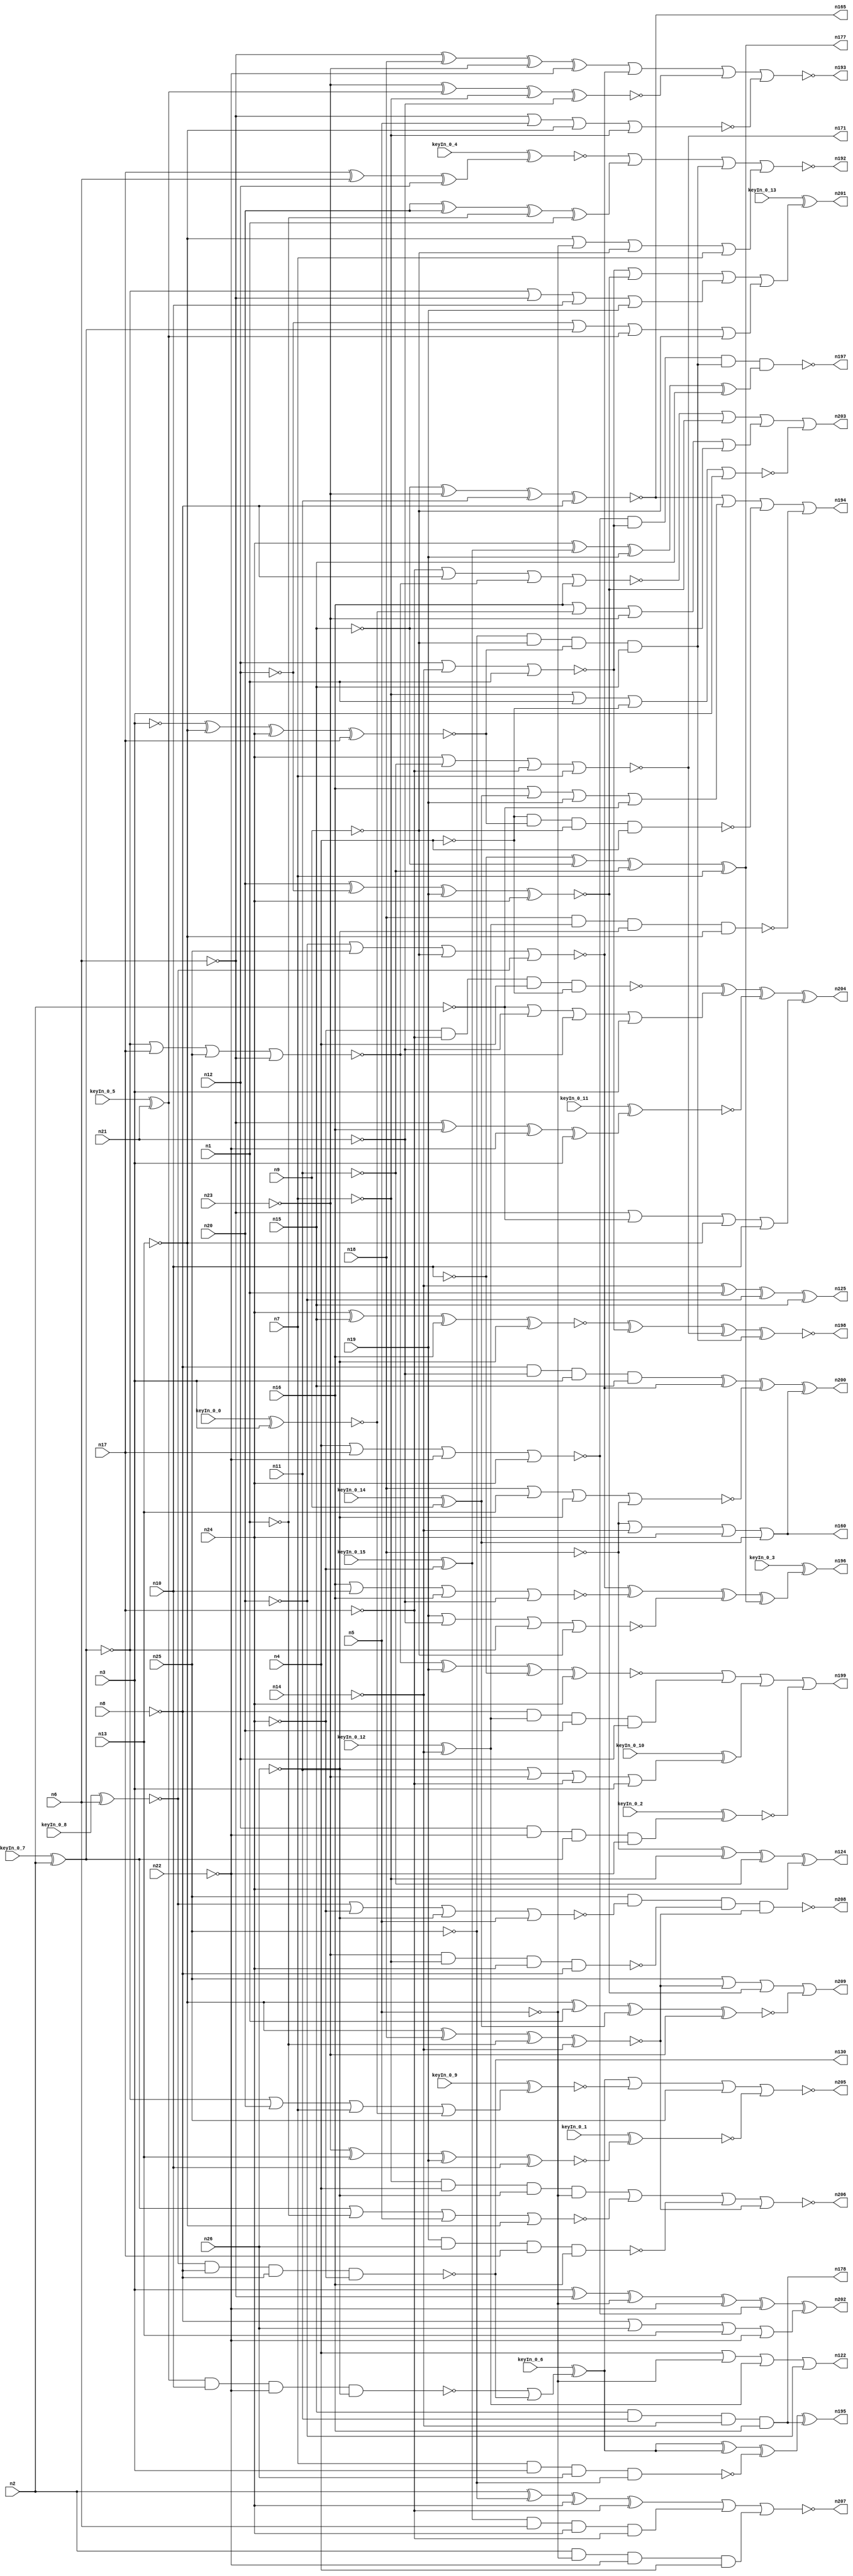


module Stat_183_517
(
  n1,
  n2,
  n3,
  n4,
  n5,
  n6,
  n7,
  n8,
  n9,
  n10,
  n11,
  n12,
  n13,
  n14,
  n15,
  n16,
  n17,
  n18,
  n19,
  n20,
  n21,
  n22,
  n23,
  n24,
  n25,
  n26,
  n122,
  n171,
  n124,
  n178,
  n160,
  n125,
  n165,
  n177,
  n130,
  n208,
  n204,
  n192,
  n199,
  n203,
  n205,
  n198,
  n200,
  n197,
  n201,
  n195,
  n196,
  n209,
  n194,
  n207,
  n206,
  n202,
  n193,
  keyIn_0_0,
  keyIn_0_1,
  keyIn_0_2,
  keyIn_0_3,
  keyIn_0_4,
  keyIn_0_5,
  keyIn_0_6,
  keyIn_0_7,
  keyIn_0_8,
  keyIn_0_9,
  keyIn_0_10,
  keyIn_0_11,
  keyIn_0_12,
  keyIn_0_13,
  keyIn_0_14,
  keyIn_0_15
);

  input n1;
  input n2;
  input n3;
  input n4;
  input n5;
  input n6;
  input n7;
  input n8;
  input n9;
  input n10;
  input n11;
  input n12;
  input n13;
  input n14;
  input n15;
  input n16;
  input n17;
  input n18;
  input n19;
  input n20;
  input n21;
  input n22;
  input n23;
  input n24;
  input n25;
  input n26;
  input keyIn_0_0;
  input keyIn_0_1;
  input keyIn_0_2;
  input keyIn_0_3;
  input keyIn_0_4;
  input keyIn_0_5;
  input keyIn_0_6;
  input keyIn_0_7;
  input keyIn_0_8;
  input keyIn_0_9;
  input keyIn_0_10;
  input keyIn_0_11;
  input keyIn_0_12;
  input keyIn_0_13;
  input keyIn_0_14;
  input keyIn_0_15;
  output n122;
  output n171;
  output n124;
  output n178;
  output n160;
  output n125;
  output n165;
  output n177;
  output n130;
  output n208;
  output n204;
  output n192;
  output n199;
  output n203;
  output n205;
  output n198;
  output n200;
  output n197;
  output n201;
  output n195;
  output n196;
  output n209;
  output n194;
  output n207;
  output n206;
  output n202;
  output n193;
  wire n27;
  wire n28;
  wire n29;
  wire n30;
  wire n31;
  wire n32;
  wire n33;
  wire n34;
  wire n35;
  wire n36;
  wire n37;
  wire n38;
  wire n39;
  wire n40;
  wire n41;
  wire n42;
  wire n43;
  wire n44;
  wire n45;
  wire n46;
  wire n47;
  wire n48;
  wire n49;
  wire n50;
  wire n51;
  wire n52;
  wire n53;
  wire n54;
  wire n55;
  wire n56;
  wire n57;
  wire n58;
  wire n59;
  wire n60;
  wire n61;
  wire n62;
  wire n63;
  wire n64;
  wire n65;
  wire n66;
  wire n67;
  wire n68;
  wire n69;
  wire n70;
  wire n71;
  wire n72;
  wire n73;
  wire n74;
  wire n75;
  wire n76;
  wire n77;
  wire n78;
  wire n79;
  wire n80;
  wire n81;
  wire n82;
  wire n83;
  wire n84;
  wire n85;
  wire n86;
  wire n87;
  wire n88;
  wire n89;
  wire n90;
  wire n91;
  wire n92;
  wire n93;
  wire n94;
  wire n95;
  wire n96;
  wire n97;
  wire n98;
  wire n99;
  wire n100;
  wire n101;
  wire n102;
  wire n103;
  wire n104;
  wire n105;
  wire n106;
  wire n107;
  wire n108;
  wire n109;
  wire n110;
  wire n111;
  wire n112;
  wire n113;
  wire n114;
  wire n115;
  wire n116;
  wire n117;
  wire n118;
  wire n119;
  wire n120;
  wire n121;
  wire n123;
  wire n126;
  wire n127;
  wire n128;
  wire n129;
  wire n131;
  wire n132;
  wire n133;
  wire n134;
  wire n135;
  wire n136;
  wire n137;
  wire n138;
  wire n139;
  wire n140;
  wire n141;
  wire n142;
  wire n143;
  wire n144;
  wire n145;
  wire n146;
  wire n147;
  wire n148;
  wire n149;
  wire n150;
  wire n151;
  wire n152;
  wire n153;
  wire n154;
  wire n155;
  wire n156;
  wire n157;
  wire n158;
  wire n159;
  wire n161;
  wire n162;
  wire n163;
  wire n164;
  wire n166;
  wire n167;
  wire n168;
  wire n169;
  wire n170;
  wire n172;
  wire n173;
  wire n174;
  wire n175;
  wire n176;
  wire n179;
  wire n180;
  wire n181;
  wire n182;
  wire n183;
  wire n184;
  wire n185;
  wire n186;
  wire n187;
  wire n188;
  wire n189;
  wire n190;
  wire n191;
  wire KeyWire_0_0;
  wire KeyWire_0_1;
  wire KeyNOTWire_0_1;
  wire KeyWire_0_2;
  wire KeyWire_0_3;
  wire KeyWire_0_4;
  wire KeyNOTWire_0_4;
  wire KeyWire_0_5;
  wire KeyNOTWire_0_5;
  wire KeyWire_0_6;
  wire KeyWire_0_7;
  wire KeyWire_0_8;
  wire KeyNOTWire_0_8;
  wire KeyWire_0_9;
  wire KeyNOTWire_0_9;
  wire KeyWire_0_10;
  wire KeyNOTWire_0_10;
  wire KeyWire_0_11;
  wire KeyWire_0_12;
  wire KeyWire_0_13;
  wire KeyWire_0_14;
  wire KeyNOTWire_0_14;
  wire KeyWire_0_15;
  wire KeyNOTWire_0_15;

  not
  g0
  (
    n54,
    n8
  );


  not
  g1
  (
    n61,
    n23
  );


  not
  g2
  (
    n64,
    n10
  );


  buf
  g3
  (
    n72,
    n1
  );


  buf
  g4
  (
    n28,
    n17
  );


  not
  g5
  (
    n73,
    n9
  );


  not
  g6
  (
    KeyWire_0_12,
    n14
  );


  not
  g7
  (
    n91,
    n8
  );


  buf
  g8
  (
    n77,
    n4
  );


  buf
  g9
  (
    n79,
    n19
  );


  buf
  g10
  (
    n56,
    n10
  );


  not
  g11
  (
    n57,
    n11
  );


  buf
  g12
  (
    n47,
    n19
  );


  not
  g13
  (
    n50,
    n7
  );


  not
  g14
  (
    n37,
    n5
  );


  buf
  g15
  (
    n90,
    n20
  );


  not
  g16
  (
    n41,
    n4
  );


  not
  g17
  (
    n97,
    n23
  );


  not
  g18
  (
    n55,
    n7
  );


  not
  g19
  (
    n86,
    n12
  );


  not
  g20
  (
    n30,
    n3
  );


  buf
  g21
  (
    n84,
    n1
  );


  not
  g22
  (
    n70,
    n9
  );


  not
  g23
  (
    n78,
    n20
  );


  buf
  g24
  (
    n66,
    n13
  );


  not
  g25
  (
    n69,
    n14
  );


  not
  g26
  (
    n71,
    n22
  );


  buf
  g27
  (
    n32,
    n24
  );


  not
  g28
  (
    n58,
    n6
  );


  buf
  g29
  (
    n53,
    n20
  );


  not
  g30
  (
    n42,
    n2
  );


  buf
  g31
  (
    n76,
    n11
  );


  buf
  g32
  (
    KeyWire_0_0,
    n3
  );


  buf
  g33
  (
    n83,
    n16
  );


  not
  g34
  (
    n92,
    n17
  );


  not
  g35
  (
    n40,
    n22
  );


  not
  g36
  (
    n38,
    n11
  );


  buf
  g37
  (
    KeyWire_0_8,
    n6
  );


  buf
  g38
  (
    KeyWire_0_7,
    n2
  );


  buf
  g39
  (
    n63,
    n5
  );


  not
  g40
  (
    n62,
    n8
  );


  not
  g41
  (
    n36,
    n14
  );


  buf
  g42
  (
    n96,
    n15
  );


  buf
  g43
  (
    KeyWire_0_5,
    n21
  );


  not
  g44
  (
    n39,
    n1
  );


  not
  g45
  (
    n29,
    n6
  );


  not
  g46
  (
    n68,
    n5
  );


  not
  g47
  (
    n27,
    n13
  );


  not
  g48
  (
    n44,
    n13
  );


  buf
  g49
  (
    n74,
    n18
  );


  buf
  g50
  (
    n88,
    n10
  );


  buf
  g51
  (
    n34,
    n7
  );


  buf
  g52
  (
    n45,
    n3
  );


  buf
  g53
  (
    n43,
    n4
  );


  buf
  g54
  (
    KeyWire_0_14,
    n9
  );


  not
  g55
  (
    n51,
    n18
  );


  not
  g56
  (
    n35,
    n15
  );


  buf
  g57
  (
    n48,
    n17
  );


  buf
  g58
  (
    n52,
    n16
  );


  not
  g59
  (
    n67,
    n23
  );


  buf
  g60
  (
    n75,
    n16
  );


  buf
  g61
  (
    n95,
    n18
  );


  buf
  g62
  (
    n89,
    n15
  );


  buf
  g63
  (
    n82,
    n12
  );


  not
  g64
  (
    n98,
    n21
  );


  buf
  g65
  (
    n81,
    n12
  );


  buf
  g66
  (
    n31,
    n24
  );


  buf
  g67
  (
    n46,
    n2
  );


  not
  g68
  (
    n65,
    n22
  );


  not
  g69
  (
    n94,
    n21
  );


  not
  g70
  (
    KeyWire_0_15,
    n24
  );


  buf
  g71
  (
    n85,
    n19
  );


  not
  g72
  (
    n109,
    n30
  );


  not
  g73
  (
    n110,
    n29
  );


  not
  g74
  (
    n111,
    n33
  );


  buf
  g75
  (
    n106,
    n34
  );


  buf
  g76
  (
    n115,
    n31
  );


  not
  g77
  (
    n118,
    n26
  );


  not
  g78
  (
    n108,
    n28
  );


  buf
  g79
  (
    n119,
    n27
  );


  not
  g80
  (
    n114,
    n25
  );


  not
  g81
  (
    n107,
    n30
  );


  not
  g82
  (
    n99,
    n26
  );


  buf
  g83
  (
    n105,
    n26
  );


  buf
  g84
  (
    n102,
    n29
  );


  buf
  g85
  (
    n120,
    n25
  );


  buf
  g86
  (
    n100,
    n31
  );


  not
  g87
  (
    n104,
    n32
  );


  buf
  g88
  (
    n101,
    n27
  );


  buf
  g89
  (
    n117,
    n31
  );


  buf
  g90
  (
    n103,
    n33
  );


  buf
  g91
  (
    n112,
    n32
  );


  xnor
  g92
  (
    n116,
    n30,
    n27,
    n32,
    n28
  );


  nor
  g93
  (
    n113,
    n33,
    n28,
    n25,
    n29
  );


  and
  g94
  (
    n128,
    n49,
    n116,
    n95
  );


  or
  g95
  (
    n142,
    n42,
    n94,
    n113,
    n107
  );


  or
  g96
  (
    n160,
    n51,
    n69,
    n100,
    n60
  );


  or
  g97
  (
    n138,
    n83,
    n60,
    n79,
    n42
  );


  xnor
  g98
  (
    KeyWire_0_1,
    n61,
    n66,
    n79,
    n56
  );


  nor
  g99
  (
    n147,
    n79,
    n94,
    n103,
    n73
  );


  and
  g100
  (
    n151,
    n82,
    n86,
    n109,
    n93
  );


  nor
  g101
  (
    n137,
    n50,
    n72,
    n41,
    n45
  );


  xor
  g102
  (
    n124,
    n51,
    n55,
    n57,
    n117
  );


  nand
  g103
  (
    n179,
    n104,
    n108,
    n77,
    n41
  );


  nand
  g104
  (
    n126,
    n72,
    n54,
    n53,
    n47
  );


  nor
  g105
  (
    n184,
    n43,
    n48,
    n40,
    n117
  );


  and
  g106
  (
    n182,
    n62,
    n80,
    n53,
    n82
  );


  xnor
  g107
  (
    n158,
    n113,
    n85,
    n64,
    n115
  );


  xor
  g108
  (
    n125,
    n36,
    n72,
    n78,
    n89
  );


  or
  g109
  (
    n134,
    n81,
    n82,
    n69,
    n84
  );


  xor
  g110
  (
    n172,
    n46,
    n114,
    n115,
    n108
  );


  or
  g111
  (
    n122,
    n77,
    n68,
    n80,
    n78
  );


  and
  g112
  (
    n139,
    n50,
    n43,
    n99,
    n68
  );


  and
  g113
  (
    n157,
    n93,
    n110,
    n100,
    n92
  );


  nand
  g114
  (
    n135,
    n87,
    n88,
    n71,
    n99
  );


  or
  g115
  (
    n156,
    n86,
    n111,
    n87,
    n73
  );


  and
  g116
  (
    n178,
    n96,
    n76,
    n36,
    n52
  );


  nor
  g117
  (
    n171,
    n100,
    n38,
    n92,
    n34
  );


  xor
  g118
  (
    n153,
    n112,
    n93,
    n47,
    n89
  );


  or
  g119
  (
    n175,
    n103,
    n58,
    n88,
    n85
  );


  xnor
  g120
  (
    n166,
    n112,
    n96,
    n75,
    n99
  );


  or
  g121
  (
    n162,
    n83,
    n49,
    n67,
    n35
  );


  xnor
  g122
  (
    n155,
    n101,
    n84,
    n60,
    n61
  );


  or
  g123
  (
    KeyWire_0_9,
    n103,
    n53,
    n106,
    n49
  );


  nand
  g124
  (
    n130,
    n59,
    n54,
    n62,
    n104
  );


  nand
  g125
  (
    n144,
    n106,
    n107,
    n105,
    n114
  );


  nor
  g126
  (
    n133,
    n78,
    n120,
    n70,
    n59
  );


  xnor
  g127
  (
    n127,
    n68,
    n57,
    n46,
    n64
  );


  xnor
  g128
  (
    n165,
    n35,
    n67,
    n76,
    n91
  );


  nor
  g129
  (
    n164,
    n111,
    n39,
    n63,
    n44
  );


  xor
  g130
  (
    n123,
    n112,
    n88,
    n44,
    n38
  );


  and
  g131
  (
    KeyWire_0_2,
    n81,
    n71,
    n111,
    n65
  );


  nor
  g132
  (
    n163,
    n74,
    n66,
    n118,
    n51
  );


  xor
  g133
  (
    n169,
    n90,
    n90,
    n39,
    n84
  );


  nor
  g134
  (
    n143,
    n59,
    n104,
    n118,
    n63
  );


  nor
  g135
  (
    n140,
    n108,
    n62,
    n113,
    n52
  );


  xnor
  g136
  (
    n183,
    n97,
    n87,
    n55,
    n98
  );


  nor
  g137
  (
    n180,
    n58,
    n63,
    n119,
    n55
  );


  nand
  g138
  (
    n129,
    n44,
    n95,
    n98,
    n97
  );


  xor
  g139
  (
    KeyWire_0_11,
    n102,
    n75,
    n71,
    n45
  );


  nand
  g140
  (
    n181,
    n74,
    n80,
    n118,
    n101
  );


  xor
  g141
  (
    n168,
    n102,
    n95,
    n61,
    n40
  );


  or
  g142
  (
    n121,
    n36,
    n57,
    n109,
    n120
  );


  xnor
  g143
  (
    n185,
    n90,
    n86,
    n47,
    n117
  );


  nor
  g144
  (
    n136,
    n83,
    n56,
    n75,
    n98
  );


  xnor
  g145
  (
    n131,
    n119,
    n74,
    n39,
    n69
  );


  xor
  g146
  (
    n177,
    n64,
    n35,
    n38,
    n34
  );


  xor
  g147
  (
    n148,
    n107,
    n102,
    n37,
    n65
  );


  and
  g148
  (
    n176,
    n54,
    n94,
    n45,
    n89
  );


  xor
  g149
  (
    KeyWire_0_4,
    n48,
    n110,
    n81
  );


  or
  g150
  (
    KeyWire_0_10,
    n76,
    n97,
    n92,
    n109
  );


  or
  g151
  (
    n146,
    n91,
    n105,
    n66,
    n40
  );


  and
  g152
  (
    n174,
    n46,
    n37,
    n65,
    n77
  );


  nand
  g153
  (
    n159,
    n67,
    n50,
    n115,
    n91
  );


  and
  g154
  (
    n132,
    n114,
    n73,
    n116,
    n96
  );


  or
  g155
  (
    n154,
    n58,
    n42,
    n119,
    n56
  );


  or
  g156
  (
    n161,
    n101,
    n37,
    n70,
    n106
  );


  nand
  g157
  (
    n150,
    n85,
    n105,
    n48,
    n52
  );


  nand
  g158
  (
    n167,
    n41,
    n116,
    n70,
    n43
  );


  buf
  g159
  (
    n191,
    n131
  );


  buf
  g160
  (
    n186,
    n132
  );


  buf
  g161
  (
    n190,
    n120
  );


  not
  g162
  (
    n189,
    n134
  );


  buf
  g163
  (
    n188,
    n133
  );


  or
  g164
  (
    KeyWire_0_6,
    n135,
    n130
  );


  nor
  g165
  (
    n206,
    n139,
    n164,
    n150,
    n191
  );


  nand
  g166
  (
    n208,
    n190,
    n143,
    n159,
    n191
  );


  xor
  g167
  (
    n195,
    n187,
    n187,
    n144,
    n178
  );


  xor
  g168
  (
    n200,
    n176,
    n188,
    n163,
    n160
  );


  or
  g169
  (
    n194,
    n165,
    n138,
    n167,
    n181
  );


  xnor
  g170
  (
    n198,
    n166,
    n189,
    n171,
    n186
  );


  nor
  g171
  (
    n207,
    n172,
    n157,
    n151,
    n174
  );


  or
  g172
  (
    n209,
    n190,
    n191,
    n185,
    n155
  );


  nor
  g173
  (
    n205,
    n187,
    n145,
    n190,
    n149
  );


  or
  g174
  (
    KeyWire_0_13,
    n189,
    n185,
    n175,
    n156
  );


  xor
  g175
  (
    n202,
    n148,
    n184,
    n146
  );


  or
  g176
  (
    n203,
    n140,
    n185,
    n162,
    n137
  );


  nand
  g177
  (
    n197,
    n184,
    n189,
    n186,
    n153
  );


  nor
  g178
  (
    n192,
    n173,
    n169,
    n186,
    n161
  );


  xor
  g179
  (
    KeyWire_0_3,
    n188,
    n136,
    n147,
    n177
  );


  xor
  g180
  (
    n204,
    n179,
    n142,
    n141,
    n154
  );


  or
  g181
  (
    n199,
    n158,
    n182,
    n170,
    n152
  );


  nor
  g182
  (
    n193,
    n168,
    n188,
    n183,
    n180
  );


  xnor
  KeyGate_0_0
  (
    n49,
    keyIn_0_0,
    KeyWire_0_0
  );


  xor
  KeyGate_0_1
  (
    KeyNOTWire_0_1,
    keyIn_0_1,
    KeyWire_0_1
  );


  not
  KeyNOTGate_0_1
  (
    n149,
    KeyNOTWire_0_1
  );


  xnor
  KeyGate_0_2
  (
    n152,
    keyIn_0_2,
    KeyWire_0_2
  );


  xor
  KeyGate_0_3
  (
    n196,
    keyIn_0_3,
    KeyWire_0_3
  );


  xor
  KeyGate_0_4
  (
    KeyNOTWire_0_4,
    keyIn_0_4,
    KeyWire_0_4
  );


  not
  KeyNOTGate_0_4
  (
    n173,
    KeyNOTWire_0_4
  );


  xnor
  KeyGate_0_5
  (
    KeyNOTWire_0_5,
    keyIn_0_5,
    KeyWire_0_5
  );


  not
  KeyNOTGate_0_5
  (
    n87,
    KeyNOTWire_0_5
  );


  xor
  KeyGate_0_6
  (
    n187,
    keyIn_0_6,
    KeyWire_0_6
  );


  xnor
  KeyGate_0_7
  (
    n33,
    keyIn_0_7,
    KeyWire_0_7
  );


  xor
  KeyGate_0_8
  (
    KeyNOTWire_0_8,
    keyIn_0_8,
    KeyWire_0_8
  );


  not
  KeyNOTGate_0_8
  (
    n59,
    KeyNOTWire_0_8
  );


  xor
  KeyGate_0_9
  (
    KeyNOTWire_0_9,
    keyIn_0_9,
    KeyWire_0_9
  );


  not
  KeyNOTGate_0_9
  (
    n145,
    KeyNOTWire_0_9
  );


  xnor
  KeyGate_0_10
  (
    KeyNOTWire_0_10,
    keyIn_0_10,
    KeyWire_0_10
  );


  not
  KeyNOTGate_0_10
  (
    n170,
    KeyNOTWire_0_10
  );


  xnor
  KeyGate_0_11
  (
    n141,
    keyIn_0_11,
    KeyWire_0_11
  );


  xor
  KeyGate_0_12
  (
    n80,
    keyIn_0_12,
    KeyWire_0_12
  );


  xor
  KeyGate_0_13
  (
    n201,
    keyIn_0_13,
    KeyWire_0_13
  );


  xnor
  KeyGate_0_14
  (
    KeyNOTWire_0_14,
    keyIn_0_14,
    KeyWire_0_14
  );


  not
  KeyNOTGate_0_14
  (
    n60,
    KeyNOTWire_0_14
  );


  xnor
  KeyGate_0_15
  (
    KeyNOTWire_0_15,
    keyIn_0_15,
    KeyWire_0_15
  );


  not
  KeyNOTGate_0_15
  (
    n93,
    KeyNOTWire_0_15
  );


endmodule